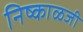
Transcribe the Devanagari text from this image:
निष्काळजी